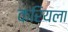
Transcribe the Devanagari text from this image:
करियला